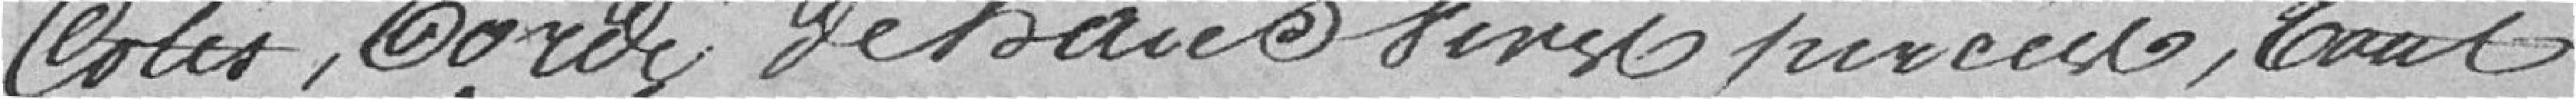
côtés, bordé de haies sans percées,